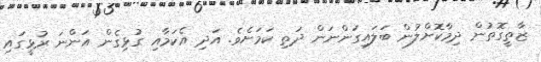
ޒާތީގޮތުން ދިމާކޮށްލުން ބަލައިގަންނަން ދަތި ކަމަށެވެ. އަދި އެކަމާއި ގުޅިގެން އަންނަ ރުޅީގައި